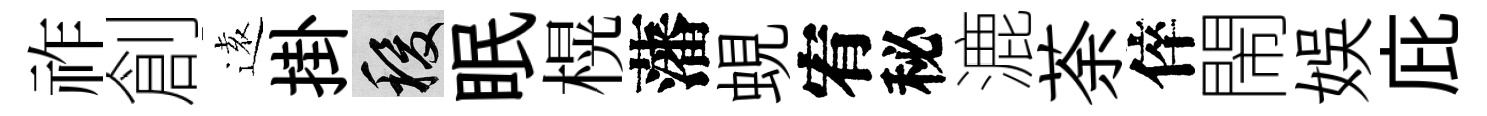
祚創逺掛稷眠榥藩蜆宥秘漉荼倅閙娱庇